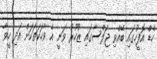
ހެޑް އޮފީހުގައި ބޭއްވި ޖަލްސާގައި ޒުހޫރު ވަނީ އެ ވާހަކަތަކަށް އަދި ހީވާ